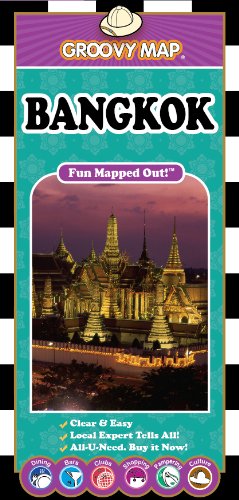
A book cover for Groovy Map n Guide BANGKOK 2015; Aaron Frankel; Travel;